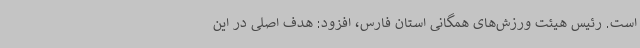
است. رئیس هیئت ورزش‌های همگانی استان فارس، افزود: هدف اصلی در این